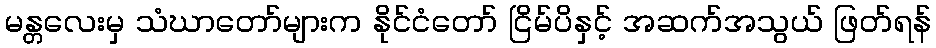
မန္တလေးမှ သံဃာတော်များက နိုင်ငံတော် ငြိမ်ပိနှင့် အဆက်အသွယ် ဖြတ်ရန်